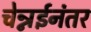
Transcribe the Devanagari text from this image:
चेन्नईनंतर